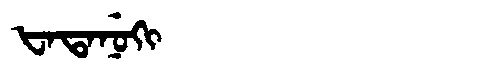
Manchu: ᡶᠠᡨᠠᠨᡠᡴᡳ
Romanization: FATANUKI